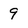
Character: 9